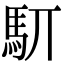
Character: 䭶